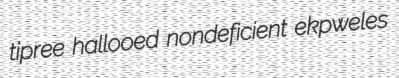
tipree hallooed nondeficient ekpweles